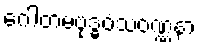
ဂေါတမဗုဒ္ဓဝံသဝဏ္ဏနာ